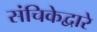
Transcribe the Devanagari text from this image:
संचिकेद्वारे